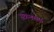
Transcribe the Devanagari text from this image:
संक्रमणता